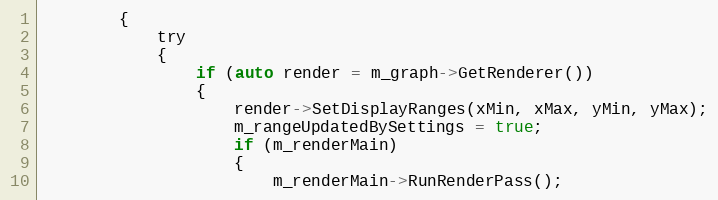
Language: C
        {
            try
            {
                if (auto render = m_graph->GetRenderer())
                {
                    render->SetDisplayRanges(xMin, xMax, yMin, yMax);
                    m_rangeUpdatedBySettings = true;
                    if (m_renderMain)
                    {
                        m_renderMain->RunRenderPass();